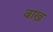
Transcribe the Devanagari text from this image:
वाख़